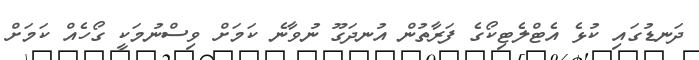
ދަނޑުގައި ކުޅެ އެޓްލެޓިކޯގެ ފަރާތުން އުނދަގޫ ނުވާނެ ކަމަށް ވިސްނުމަކީ ގޯހެއް ކަމަށް